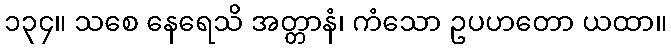
၁၃၄။ သစေ နေရေသိ အတ္တာနံ၊ ကံသော ဥပဟတော ယထာ။